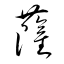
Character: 薩